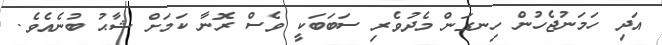
އަދި ހަމަނުޖެހުން ހިނގަން މެދުވެރި ސަބަބަކީ ވެސް ރޮނާ ކަމަށް ޝާޙު ބުނެއެވެ.